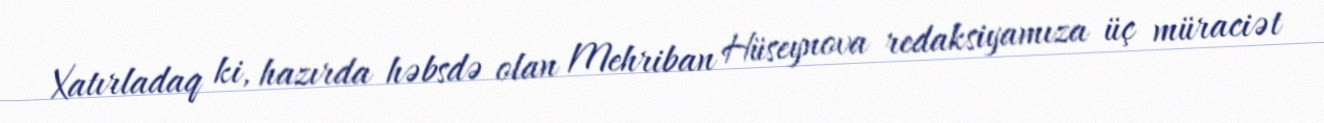
Xatırladaq ki, hazırda həbsdə olan Mehriban Hüseynova redaksiyamıza üç müraciət